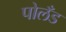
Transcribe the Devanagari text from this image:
पोलँड